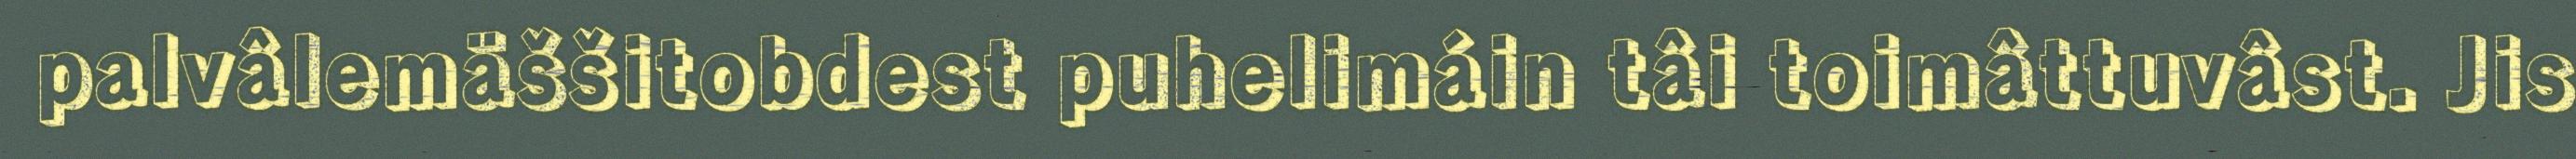
palvâlemäššitobdest puhelimáin tâi toimâttuvâst. Jis